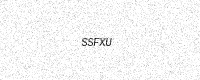
Text: SSFXU